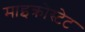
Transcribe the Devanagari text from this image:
माइक्रोस्टेट